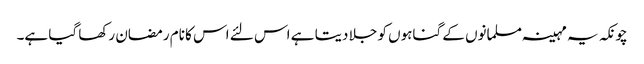
چونکہ یہ مہینہ مسلمانوں کے گناہوں کو جلا دیتا ہے اس لئے اس کا نام رمضان رکھا گیا ہے۔